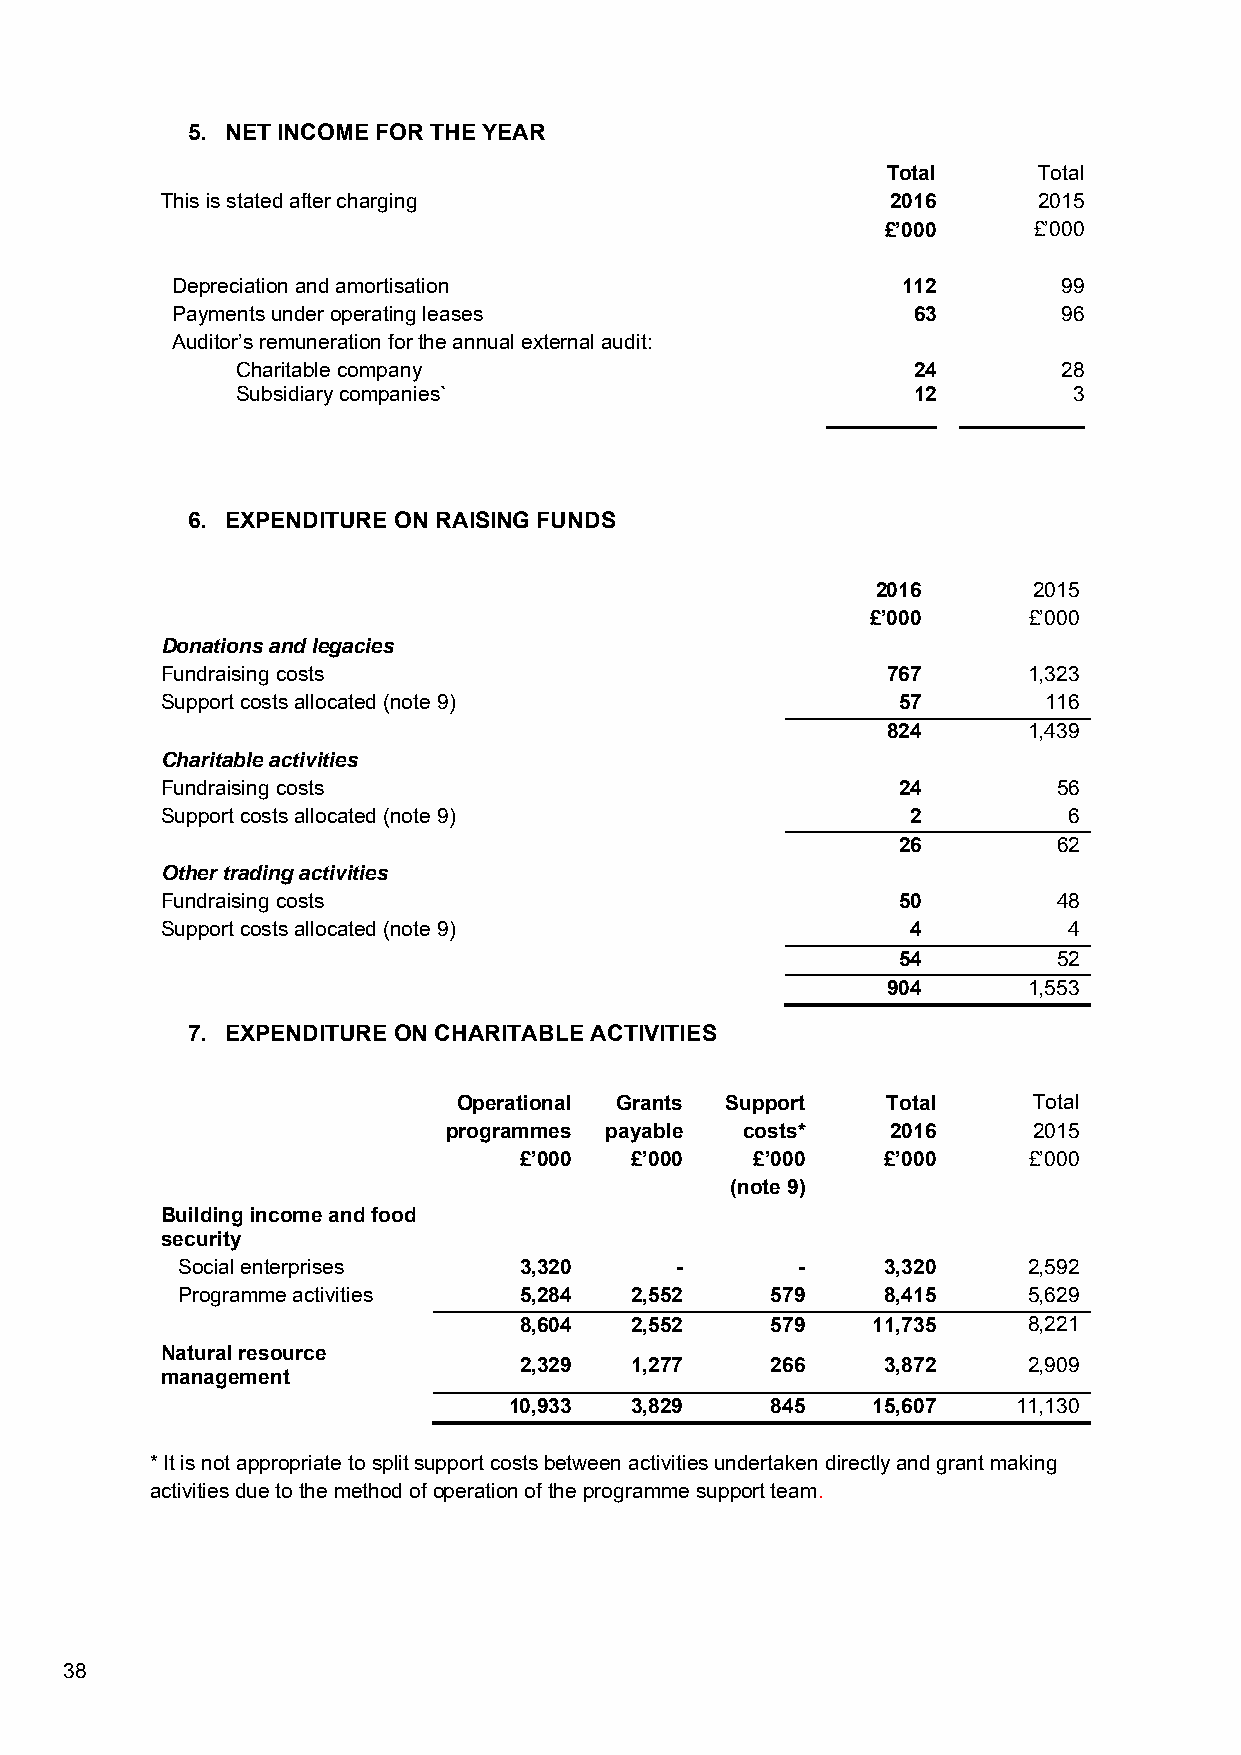
5. NET INCOME FOR THE YEAR
 Total     Total
 This is stated after charging                   2016      2015
 £’000    £’000
 Depreciation and amortisation                    112       99
 Payments under operating leases                  63        96
 Auditor’s remuneration for the annual external audit:
 Charitable company                          24        28
 Subsidiary companies`                       12         3
 6. EXPENDITURE ON RAISING FUNDS
 2016      2015
 £’000     £’000
 Donations and legacies
 Fundraising costs                               767      1,323
 Support costs allocated (note 9)                57        116
 824      1,439
 Charitable activities
 Fundraising costs                               24         56
 Support costs allocated (note 9)                 2          6
 26         62
 Other trading activities
 Fundraising costs                               50         48
 Support costs allocated (note 9)                 4          4
 54         52
 904      1,553
 7. EXPENDITURE ON CHARITABLE ACTIVITIES
 Operational Grants Support   Total    Total
 programmes payable costs*    2016     2015
 £’000   £’000   £’000    £’000    £’000
 (note 9)
 Building income and food
 security
 Social enterprises    3,320      -       -     3,320    2,592
 Programme activities  5,284   2,552    579     8,415    5,629
 8,604   2,552    579    11,735    8,221
 Natural resource
 2,329   1,277    266     3,872    2,909
 management
 10,933  3,829    845    15,607   11,130
 * It is not appropriate to split support costs between activities undertaken directly and grant making
 activities due to the method of operation of the programme support team.
 38